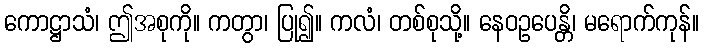
ကောဋ္ဌာသံ၊ ဤအစုကို။ ကတွာ၊ ပြု၍။ ကလံ၊ တစ်စုသို့။ နေဝဥပေန္တိ၊ မရောက်ကုန်။